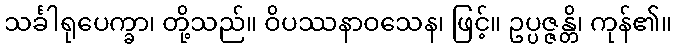
သင်္ခါရုပေက္ခာ၊ တို့သည်။ ဝိပဿနာဝသေန၊ ဖြင့်။ ဥပ္ပဇ္ဇန္တိ၊ ကုန်၏။